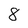
Character: 8